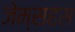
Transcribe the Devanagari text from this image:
जेम्सहस